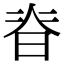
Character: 𭦃